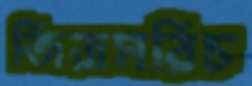
জিরামরিচ